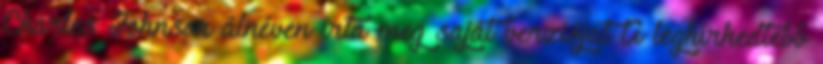
Charles Johnson álnéven írta meg saját verzióját A leghírhedtebb